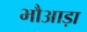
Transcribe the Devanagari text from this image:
भौआड़ा